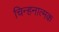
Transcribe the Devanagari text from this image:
चिन्हनात्मक